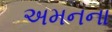
અમનના